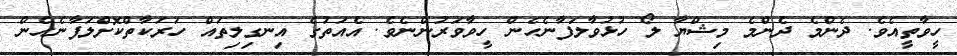
ހީވާތީއެވެ. ދެންމެ ދެންމެ މިޝްޔާ ލޯ ހުޅުވާލަފާނެހެން ހީވާވަރުންނެވެ. އެއަތުގެ އިނގިލިތައް ހަރަކާތްކޮށްލަފާނެހެން